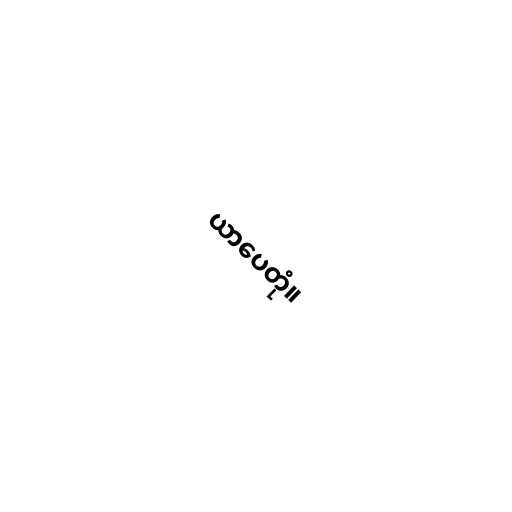
ယာပေတုံ။